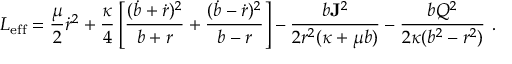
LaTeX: L _ { \mathrm { e f f } } = { \frac { \mu } { 2 } } \dot { r } ^ { 2 } + { \frac { \kappa } { 4 } } \left[ { \frac { ( \dot { b } + \dot { r } ) ^ { 2 } } { b + r } } + { \frac { ( \dot { b } - \dot { r } ) ^ { 2 } } { b - r } } \right] - { \frac { b { \bf J } ^ { 2 } } { 2 r ^ { 2 } ( \kappa + \mu b ) } } - { \frac { b Q ^ { 2 } } { 2 \kappa ( b ^ { 2 } - r ^ { 2 } ) } } \, \, .